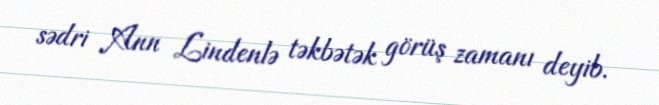
sədri Ann Lindenlə təkbətək görüş zamanı deyib.